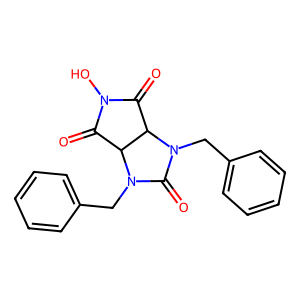
SMILES: O=C1C2C(C(=O)N1O)N(Cc1ccccc1)C(=O)N2Cc1ccccc1
Inhibits HIV replication: No